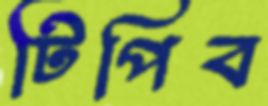
টিপিব